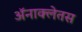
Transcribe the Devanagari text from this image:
अॅनाक्लेतस